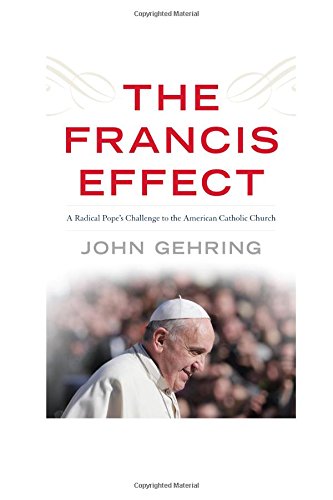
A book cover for The Francis Effect: A Radical Pope's Challenge to the American Catholic Church; John Gehring; Christian Books & Bibles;